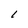
Character: l